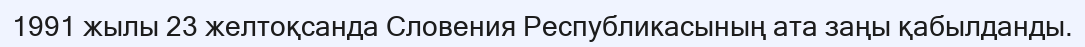
1991 жылы 23 желтоқсанда Словения Республикасының ата заңы қабылданды.